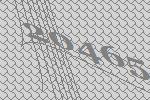
20465